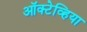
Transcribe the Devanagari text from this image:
ऑक्टेव्हिया